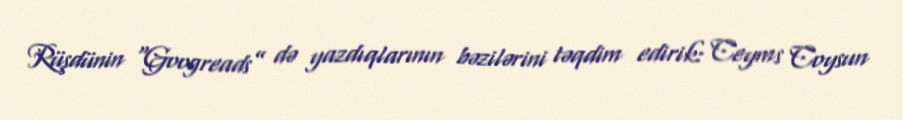
Rüşdünin “Googreads” də yazdıqlarının bəzilərini təqdim edirik: Ceyms Coysun